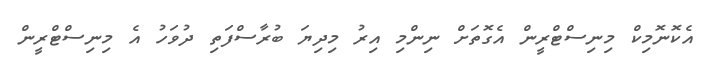
އެކޮނޮމިކް މިނިސްޓްރީން އެގޮތަށް ނިންމި އިރު މިދިޔަ ބުރާސްފަތި ދުވަހު އެ މިނިސްޓްރީން